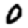
Digit: 0